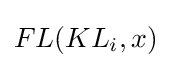
FL(KL_{i},x)